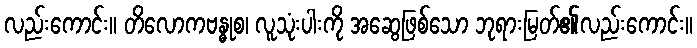
လည်းကောင်း။ တိလောကဗန္ဓုစ၊ လူသုံးပါးကို အဆွေဖြစ်သော ဘုရားမြတ်၏လည်းကောင်း။